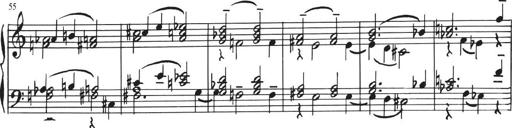
Title: Sonatina in E major
Composer: Paul von Klenau
Key: E major